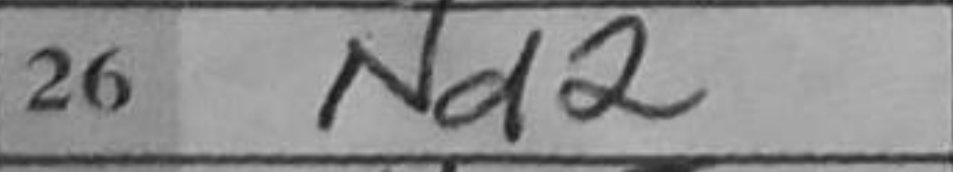
Transcription: Nd2